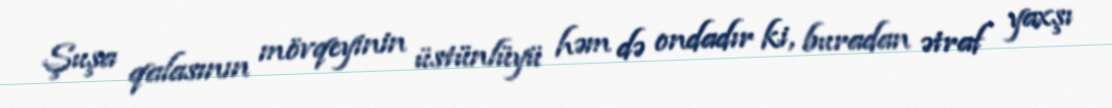
Şuşa qalasının mövqeyinin üstünlüyü həm də ondadır ki, buradan ətraf yaxşı